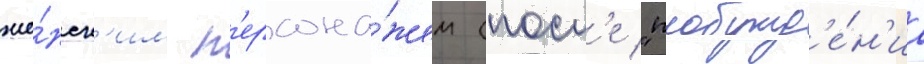
же́нск'им п'ерсона́жем (посл'е "пробужд'е́н'иа